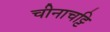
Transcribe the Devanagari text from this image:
चीनाचट्टि